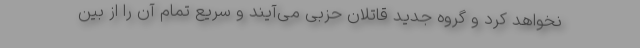
نخواهد کرد و گروه جدید قاتلان حزبی می‌آیند و سریع تمام آن را از بین